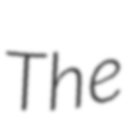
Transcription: The